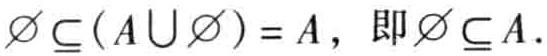
$\varnothing \subseteq (A\cup \varnothing ) = A，即\varnothing \subseteq A.$